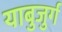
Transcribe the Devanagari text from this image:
याबुजुर्ग